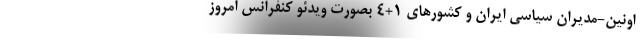
اونین-مدیران سیاسی ایران و کشورهای 1+4 بصورت ویدئو کنفرانس امروز